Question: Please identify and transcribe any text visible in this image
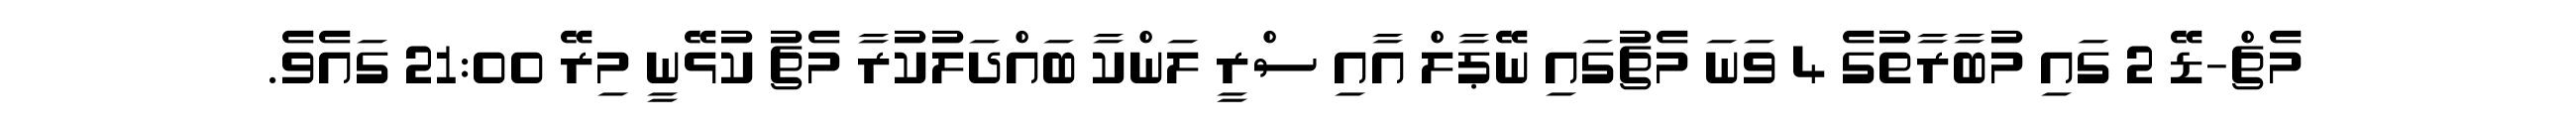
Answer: މެޗް-ޑޭ 2 ގައި މުބާރާތުގެ 4 ވަނަ މެޗުގައި ނޭޕާލް އާއި ސްރީ ލަންކާ ބައްދަލުކުރާ މެޗު ކުޅޭނީ މިރޭ 21:00 ގައެވެ.